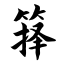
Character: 箨